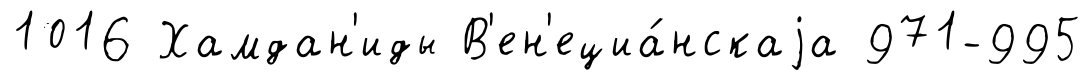
1016 Хамдан'иды В'ен'ециа́нскаjа 971-995